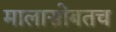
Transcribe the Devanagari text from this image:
मालासोबतच